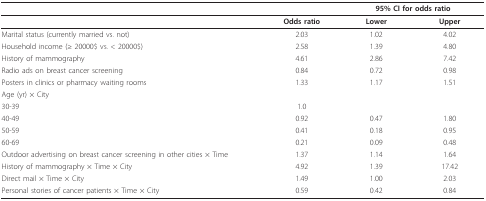
|  |  | <COLSPAN=2> 95% CI for odds ratio |
 | --- | --- | --- | --- |
 |  | Odds ratio | Lower | Upper |
 | Marital status (currently married vs. not) | 2.03 | 1.02 | 4.02 |
 | Household income (≥ 20000$ vs. < 20000$) | 2.58 | 1.39 | 4.80 |
 | History of mammography | 4.61 | 2.86 | 7.42 |
 | Radio ads on breast cancer screening | 0.84 | 0.72 | 0.98 |
 | Posters in clinics or pharmacy waiting rooms | 1.33 | 1.17 | 1.51 |
 | Age (yr) × City |  |  |  |
 | 30-39 | 1.0 |  |  |
 | 40-49 | 0.92 | 0.47 | 1.80 |
 | 50-59 | 0.41 | 0.18 | 0.95 |
 | 60-69 | 0.21 | 0.09 | 0.48 |
 | Outdoor advertising on breast cancer screening in other cities × Time | 1.37 | 1.14 | 1.64 |
 | History of mammography × Time × City | 4.92 | 1.39 | 17.42 |
 | Direct mail × Time × City | 1.49 | 1.00 | 2.03 |
 | Personal stories of cancer patients × Time × City | 0.59 | 0.42 | 0.84 |